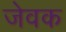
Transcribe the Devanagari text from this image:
जेवक